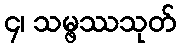
၄၊ သမ္ဖဿသုတ်